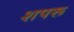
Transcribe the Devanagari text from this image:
शपरू